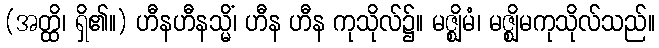
(အတ္ထိ၊ ရှိ၏။) ဟီနဟီနသ္မိံ၊ ဟီန ဟီန ကုသိုလ်၌။ မဇ္ဈိမံ၊ မဇ္ဈိမကုသိုလ်သည်။